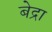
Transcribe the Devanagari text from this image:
बेद्रा